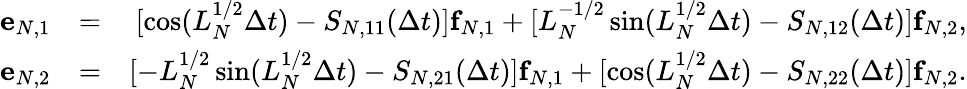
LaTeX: \begin{array}{rlr}{{\mathbf e}_{N,1}}&{=}&{[\cos(L_{N}^{1/2}\Delta t)-S_{N,11}(\Delta t)]{\mathbf f}_{N,1}+[L_{N}^{-1/2}\sin(L_{N}^{1/2}\Delta t)-S_{N,12}(\Delta t)]{\mathbf f}_{N,2},}\\ {{\mathbf e}_{N,2}}&{=}&{[-L_{N}^{1/2}\sin(L_{N}^{1/2}\Delta t)-S_{N,21}(\Delta t)]{\mathbf f}_{N,1}+[\cos(L_{N}^{1/2}\Delta t)-S_{N,22}(\Delta t)]{\mathbf f}_{N,2}.}\end{array}